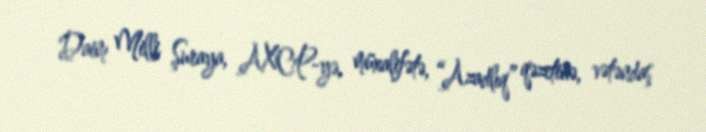
Daim Milli Şuraya, AXCP-yə, müxalifətə, “Azadlıq” qəzetinə, vətəndaş